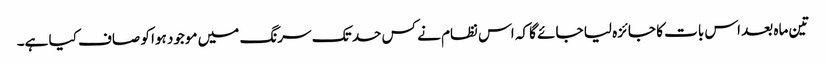
تین ماہ بعد اس بات کا جائزہ لیا جائے گا کہ اس نظام نے کس حد تک سرنگ میں موجود ہوا کو صاف کیا ہے۔